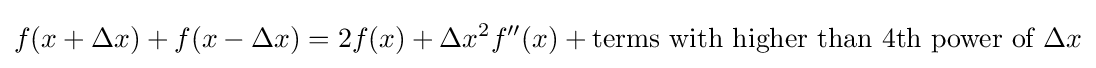
f(x+\Delta x)+f(x-\Delta x)=2f(x)+\Delta x^{2}f''(x)+{\text{terms with higher than 4th power of }}\Delta x